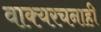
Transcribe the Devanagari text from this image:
वाक्यरचनाही